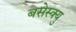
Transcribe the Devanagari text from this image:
बसेस्क्यु